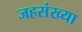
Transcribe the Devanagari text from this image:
जहसंख्या